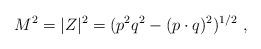
LaTeX: \begin{align*}M^2= |Z|^2 = (p^2 q^2 - (p \cdot q)^2)^{1/2} \ ,\end{align*}